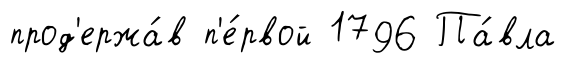
прод'ержа́в п'е́рвой 1796 Па́вла